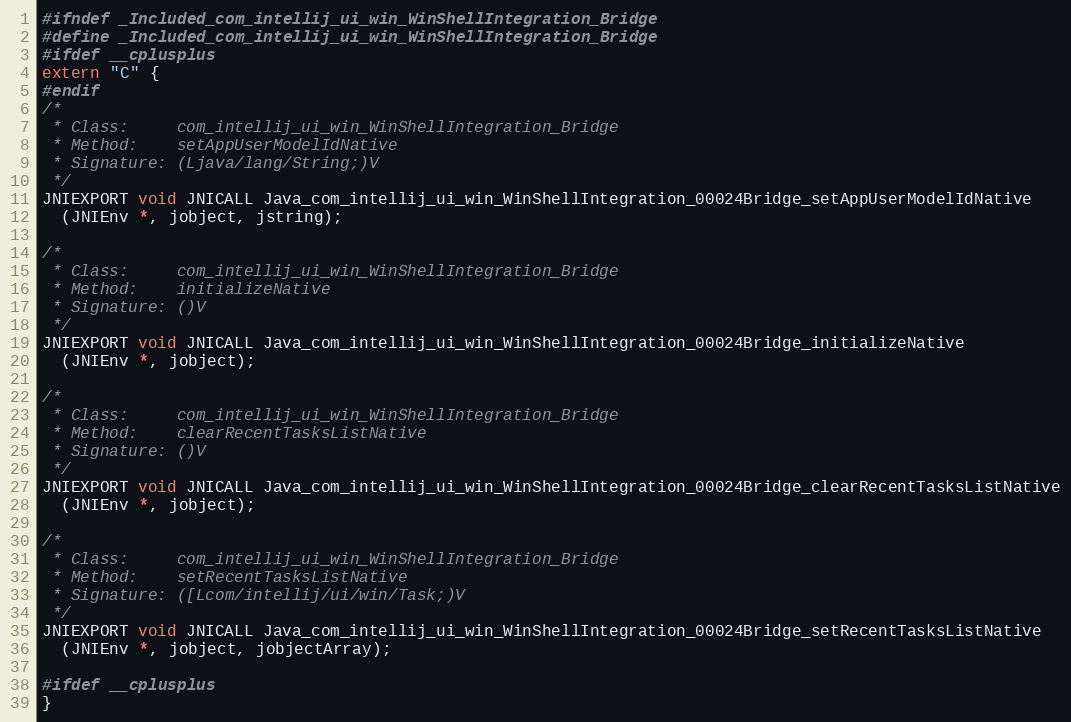
Language: C
#ifndef _Included_com_intellij_ui_win_WinShellIntegration_Bridge
#define _Included_com_intellij_ui_win_WinShellIntegration_Bridge
#ifdef __cplusplus
extern "C" {
#endif
/*
 * Class:     com_intellij_ui_win_WinShellIntegration_Bridge
 * Method:    setAppUserModelIdNative
 * Signature: (Ljava/lang/String;)V
 */
JNIEXPORT void JNICALL Java_com_intellij_ui_win_WinShellIntegration_00024Bridge_setAppUserModelIdNative
  (JNIEnv *, jobject, jstring);

/*
 * Class:     com_intellij_ui_win_WinShellIntegration_Bridge
 * Method:    initializeNative
 * Signature: ()V
 */
JNIEXPORT void JNICALL Java_com_intellij_ui_win_WinShellIntegration_00024Bridge_initializeNative
  (JNIEnv *, jobject);

/*
 * Class:     com_intellij_ui_win_WinShellIntegration_Bridge
 * Method:    clearRecentTasksListNative
 * Signature: ()V
 */
JNIEXPORT void JNICALL Java_com_intellij_ui_win_WinShellIntegration_00024Bridge_clearRecentTasksListNative
  (JNIEnv *, jobject);

/*
 * Class:     com_intellij_ui_win_WinShellIntegration_Bridge
 * Method:    setRecentTasksListNative
 * Signature: ([Lcom/intellij/ui/win/Task;)V
 */
JNIEXPORT void JNICALL Java_com_intellij_ui_win_WinShellIntegration_00024Bridge_setRecentTasksListNative
  (JNIEnv *, jobject, jobjectArray);

#ifdef __cplusplus
}